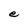
Character: e